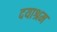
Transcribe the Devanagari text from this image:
दयाश्रम